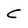
Character: C